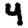
Digit: 4